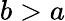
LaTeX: b>a